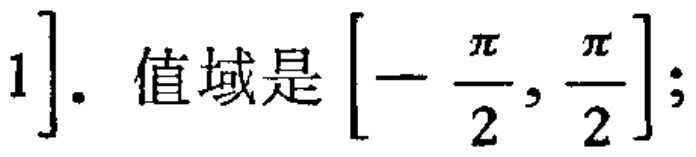
$1]. \text{ 值域是 }\left[-\frac{\pi}{2}, \frac{\pi}{2}\right] \text{;}$